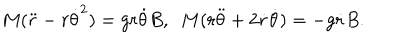
M ( \ddot { r } - r { \dot { \theta } } ^ { 2 } ) = g r \dot { \theta } B , ~ ~ M ( r \ddot { \theta } + 2 \dot { r } \dot { \theta } ) = - g \dot { r } B .